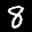
Label: 8